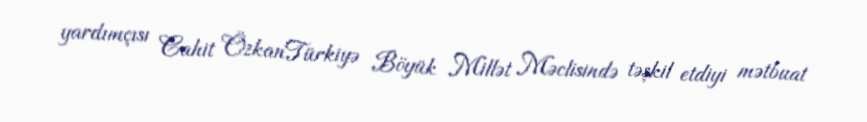
yardımçısı Cahit ÖzkanTürkiyə Böyük Millət Məclisində təşkil etdiyi mətbuat